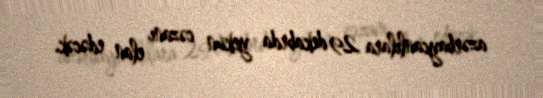
azərbaycanlılara 29 dekabrda yekun cəzanı elan edəcək.